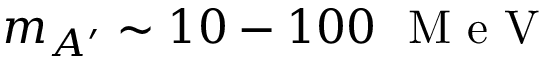
m _ { A ^ { \prime } } \sim 1 0 - 1 0 0 ~ \mathrm { ~ M ~ e ~ V ~ }